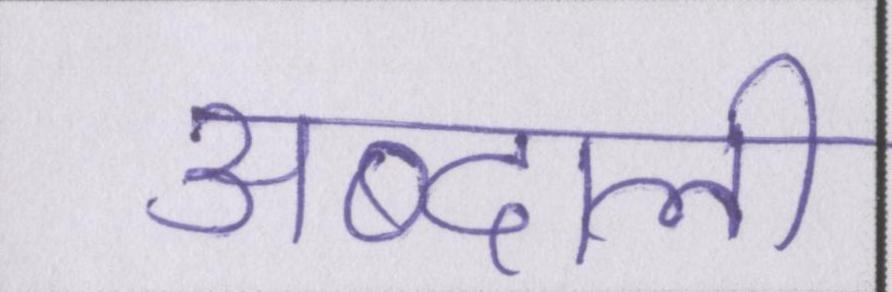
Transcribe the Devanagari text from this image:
अब्दाली